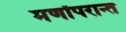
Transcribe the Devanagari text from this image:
मर्णोंपरान्त